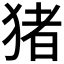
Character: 猪